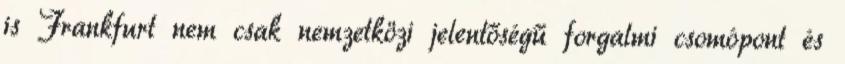
is Frankfurt nem csak nemzetközi jelentőségű forgalmi csomópont és